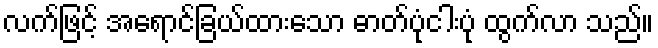
လက်ဖြင့် အရောင်ခြယ်ထားသော ဓာတ်ပုံငါးပုံ ထွက်လာ သည်။